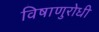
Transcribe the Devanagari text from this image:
विषाणुरोधी